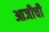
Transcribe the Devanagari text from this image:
आजीची